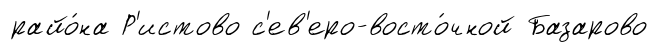
райо́на Р'истово с'ев'еро-восто́чной Базарово